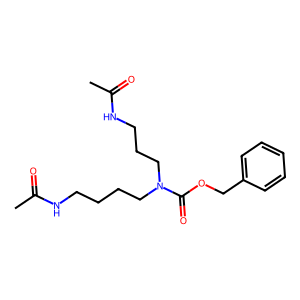
SMILES: CC(=O)NCCCCN(CCCNC(C)=O)C(=O)OCc1ccccc1
Inhibits HIV replication: No